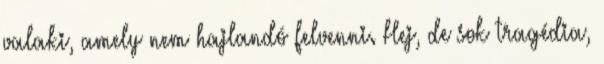
valaki, amely nem hajlandó felvenni. Hej, de sok tragédia,